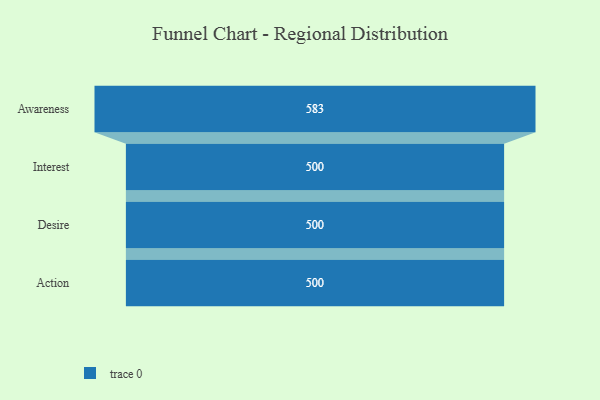
{"axis": {"x": "Stage", "y": "Value"}, "legend": [""], "data": [{"x": "Awareness", "y": 583.0, "type": ""}, {"x": "Interest", "y": 500, "type": ""}, {"x": "Desire", "y": 500, "type": ""}, {"x": "Action", "y": 500, "type": ""}]}